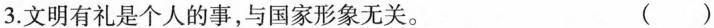
3. 文明有礼是个人的事，与国家形象无关。 ( )